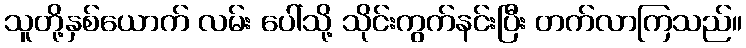
သူတို့နှစ်ယောက် လမ်း ပေါ်သို့ သိုင်းကွက်နင်းပြီး တက်လာကြသည်။